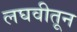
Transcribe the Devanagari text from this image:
लघवीतून